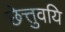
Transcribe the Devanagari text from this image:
छेत्तुवयि